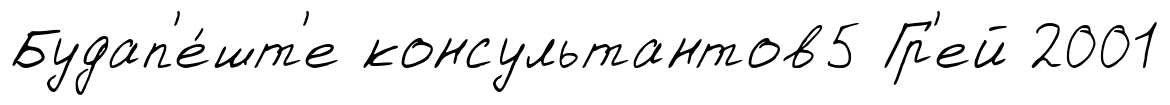
Будап'е́шт'е консультантов5 Гр'ей 2001